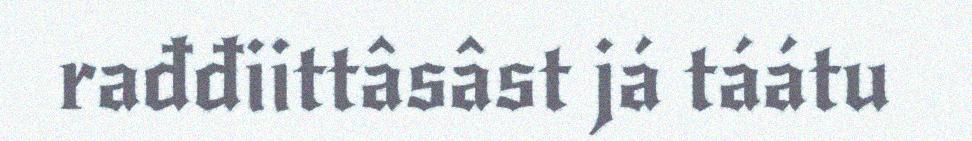
rađđiittâsâst já táátu